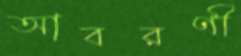
আবরণী